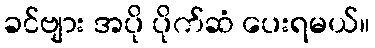
ခင်ဗျား အပို ပိုက်ဆံ ပေးရမယ်။